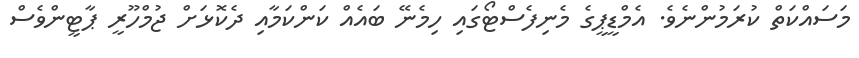
މަސައްކަތް ކުރަމުންނެވެ. އެމްޑީޕީގެ މެނިފެސްޓޯގައި ހިމެނޭ ބައެއް ކަންކަމާއި ދެކޮޅަށް ޖުމްހޫރީ ޕާޓީންވެސް